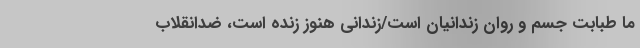
ما طبابتِ جسم و روان زندانیان است/زندانی هنوز زنده است، ضدانقلاب